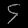
Digit: ၄